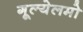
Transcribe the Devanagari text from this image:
गूल्येलमो